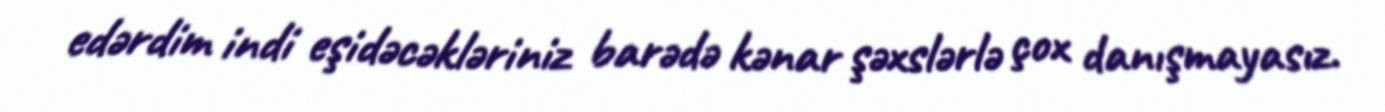
edərdim indi eşidəcəkləriniz barədə kənar şəxslərlə çox danışmayasız.